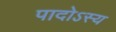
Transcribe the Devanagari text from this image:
पादोऽस्य